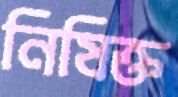
নিষিক্ত